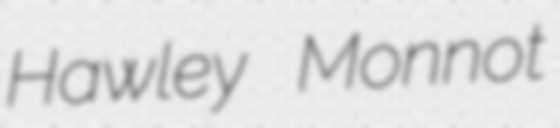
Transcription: Hawley Monnot